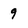
Character: 9